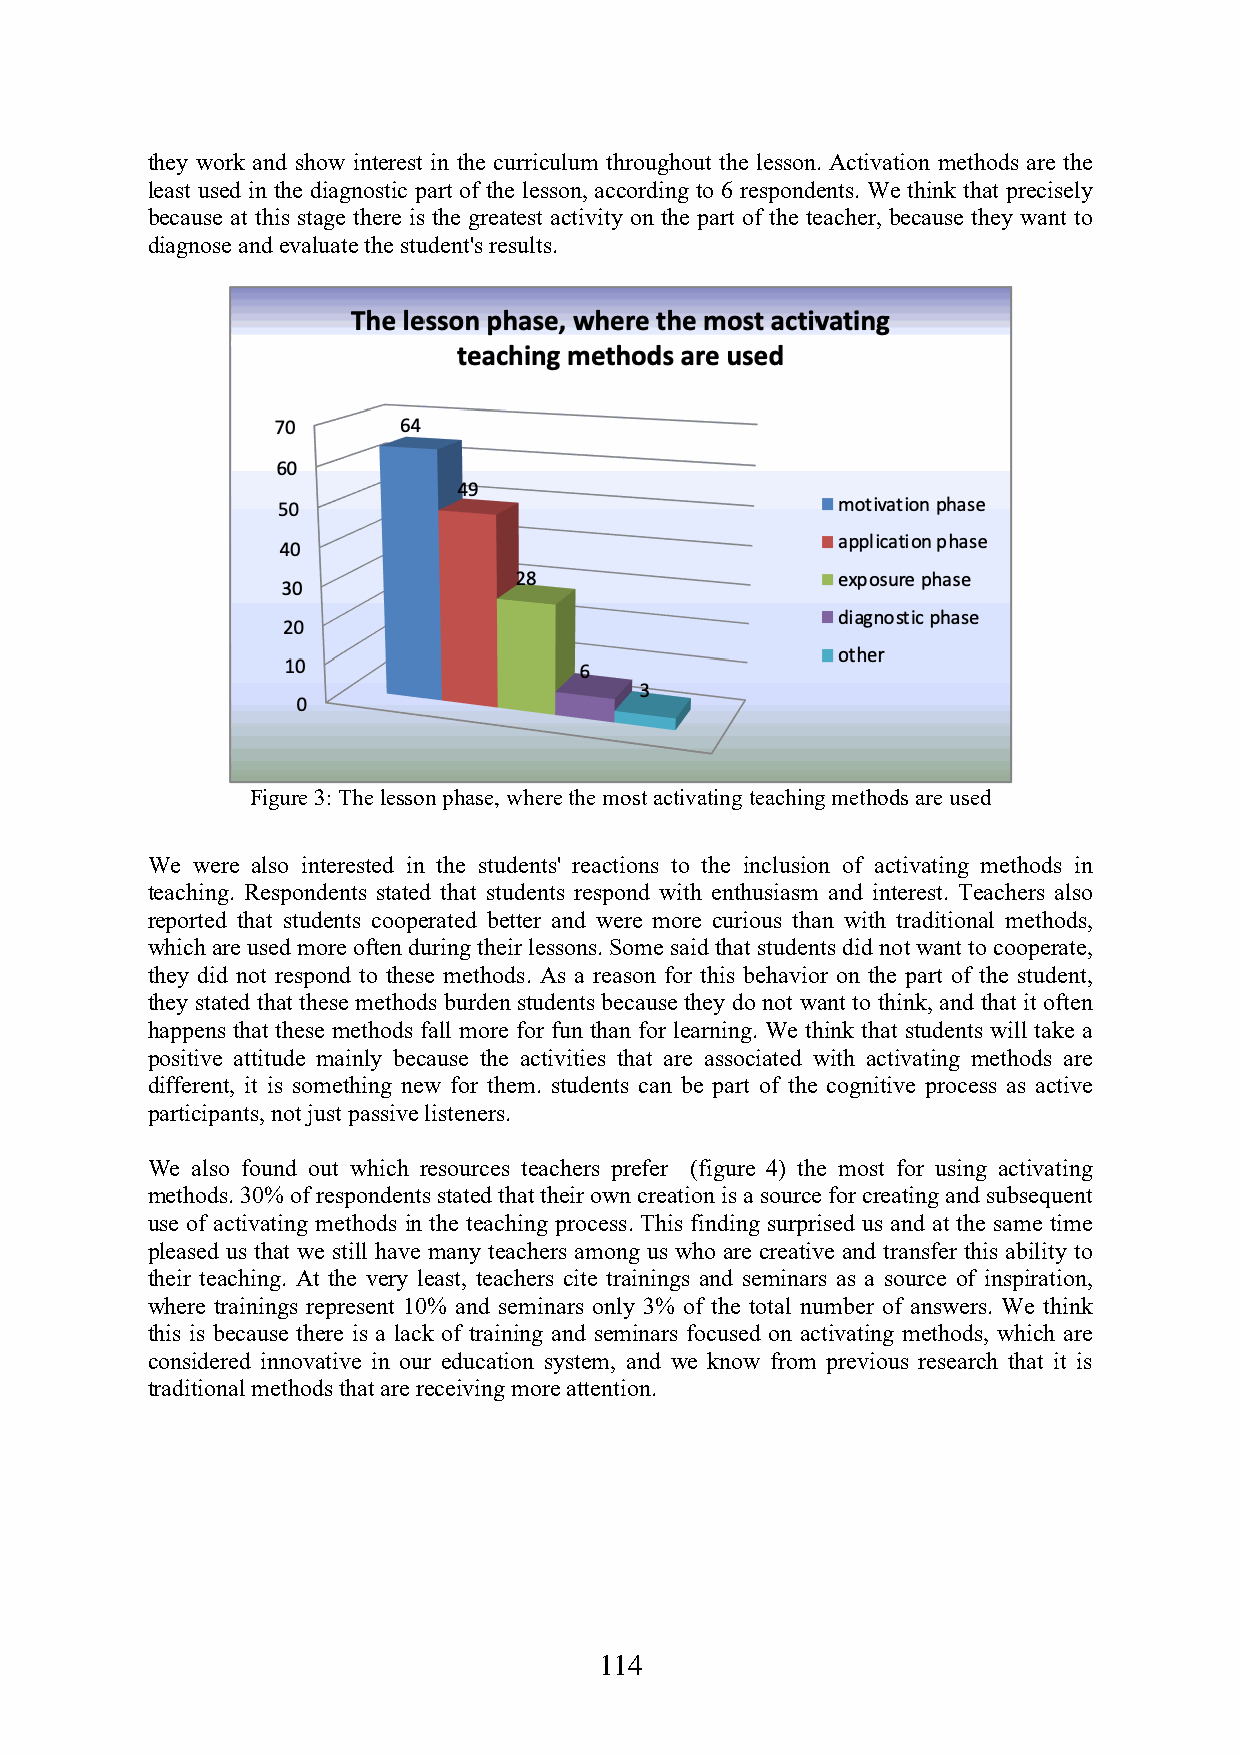
they work and show interest in the curriculum throughout the lesson. Activation methods are the
 least used in the diagnostic part of the lesson, according to 6 respondents. We think that precisely
 because at this stage there is the greatest activity on the part of the teacher, because they want to
 diagnose and evaluate the student's results.
 Figure 3: The lesson phase, where the most activating teaching methods are used
 We were also interested in the students' reactions to the inclusion of activating methods in
 teaching. Respondents stated that students respond with enthusiasm and interest. Teachers also
 reported that students cooperated better and were more curious than with traditional methods,
 which are used more often during their lessons. Some said that students did not want to cooperate,
 they did not respond to these methods. As a reason for this behavior on the part of the student,
 they stated that these methods burden students because they do not want to think, and that it often
 happens that these methods fall more for fun than for learning. We think that students will take a
 positive attitude mainly because the activities that are associated with activating methods are
 different, it is something new for them. students can be part of the cognitive process as active
 participants, not just passive listeners.
 We also found out which resources teachers prefer (figure 4) the most for using activating
 methods. 30% of respondents stated that their own creation is a source for creating and subsequent
 use of activating methods in the teaching process. This finding surprised us and at the same time
 pleased us that we still have many teachers among us who are creative and transfer this ability to
 their teaching. At the very least, teachers cite trainings and seminars as a source of inspiration,
 where trainings represent 10% and seminars only 3% of the total number of answers. We think
 this is because there is a lack of training and seminars focused on activating methods, which are
 considered innovative in our education system, and we know from previous research that it is
 traditional methods that are receiving more attention.
 114